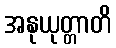
အနုယုတ္တာတိ